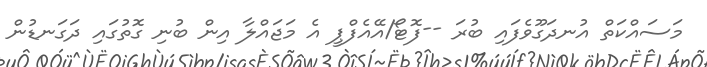
މަސައްކަތް އުނދަގޫވެފައި ބުރަ --ފޮޓޯ/އޭއެފްޕީ އެ މަޖައްލާ އިން ބުނި ގޮތުގައި ދަގަނޑުން